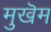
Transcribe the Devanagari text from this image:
मुखॆम